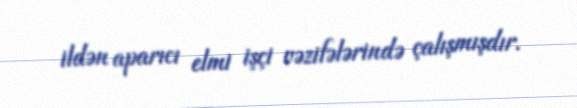
ildən aparıcı elmi işçi vəzifələrində çalışmışdır.